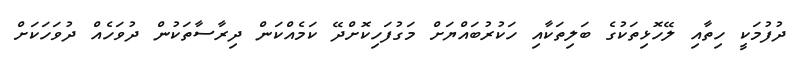
ދުފުމަކީ ހިތާއި ލޭހޮޅިތަކުގެ ބަލިތަކާއި ހަކުރުބައްޔަށް މަގުފަހިކޮށްދޭ ކަމެއްކަން ދިރާސާތަކުން ދުވަހެއް ދުވަހަކަށް